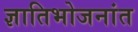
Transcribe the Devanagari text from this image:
ज्ञातिभोजनांत